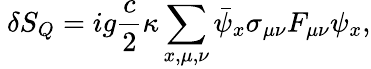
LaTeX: ~\delta S_{Q}=ig\frac{c}{2}\kappa\sum_{x,\mu,\nu}\bar{\psi}_{x}\sigma_{\mu\nu}F_{\mu\nu}\psi_{x},